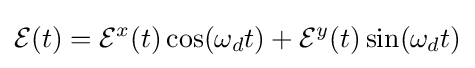
{\mathcal {E}}(t)={\mathcal {E}}^{x}(t)\cos(\omega _{d}t)+{\mathcal {E}}^{y}(t)\sin(\omega _{d}t)